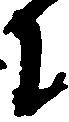
に